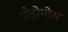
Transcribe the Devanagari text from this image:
प्रोड्रोमोस